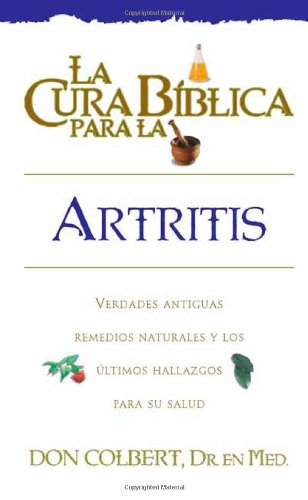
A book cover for La Cura Biblica Artritis (Spanish Edition); Don Colbert; Medical Books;